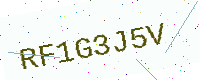
Text: RF1G3J5V